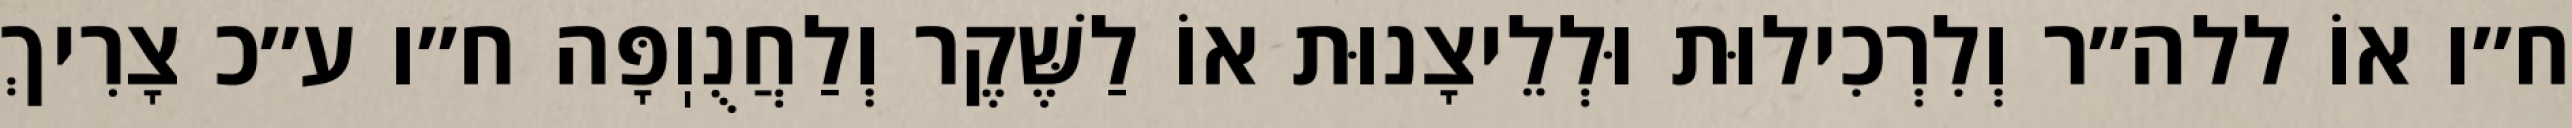
ח״ו אוֹ ללה״ר וְלִרְכִילוּת וּלְלֵיצָנוּת אוֹ לַשֶּׁקֶר וְלַחֲנֻוֽפָּה ח״ו ע״כ צָרִיךְ